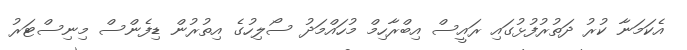
އެކަމަނާ ކުރު ދަތުރުފުޅުގައި ރައީސް އިބްރާހިމް މުހައްމަދު ސޯލިހުގެ އިތުރުން ޑިފެންސް މިނިސްޓަރު